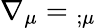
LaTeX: \nabla_{\mu}={}_{;\mu}